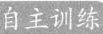
自主训练